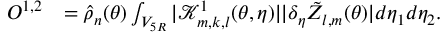
\begin{array} { r l } { O ^ { 1 , 2 } } & { = \widehat { \rho } _ { n } ( { \boldsymbol { \theta } } ) \int _ { V _ { 5 R } } | \mathcal { K } _ { m , k , l } ^ { 1 } ( { \boldsymbol { \theta } } , { \boldsymbol { \eta } } ) | | \delta _ { { \boldsymbol { \eta } } } \tilde { Z } _ { l , m } ( { \boldsymbol { \theta } } ) | d \eta _ { 1 } d \eta _ { 2 } . } \end{array}